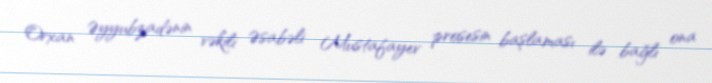
Orxan Əyyubzadənin vəkili Əsabəli Mustafayev prosesin başlaması ilə bağlı ona